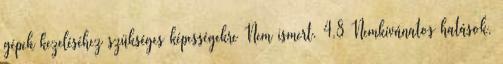
gépek kezeléséhez szükséges képességekre Nem ismert. 4.8 Nemkívánatos hatások,